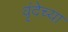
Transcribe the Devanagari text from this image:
वृंदेच्या